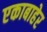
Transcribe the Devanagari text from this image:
एकाबाहेर